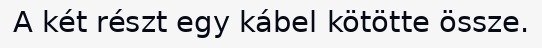
A két részt egy kábel kötötte össze.